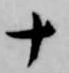
十